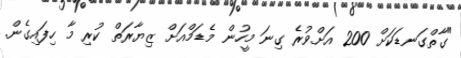
"ގާތްގަނޑަކަށް 200 އަށްވުރެ ގިނަ މީހުން މެޑަމްއަށް ޒިޔާރަތް ކުރި މާ ހިފައިގެން.